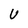
Character: U